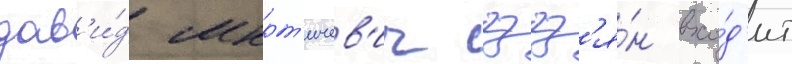
дав'и́д мкрт'ичев'ич гзгз'я́н вхо́д'ит